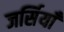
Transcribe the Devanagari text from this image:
जर्सियाँ